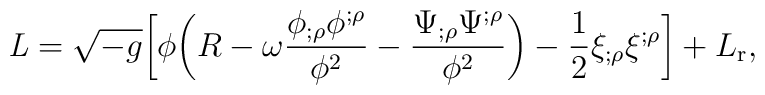
{\it L} = \sqrt{-g}\biggl[\phi\biggl(R -\omega\frac{\phi_{;\rho}\phi^{;\rho}}{\phi^2} -\frac{\Psi_{;\rho}\Psi^{;\rho}}{\phi^{2}}\biggr) -\frac{1}{2}\xi_{;\rho}\xi^{;\rho}\biggr] + L_{\rm r},